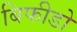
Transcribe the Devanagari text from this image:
बिफीडो